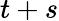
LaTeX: t+s